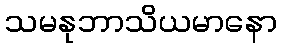
သမနုဘာသိယမာနော